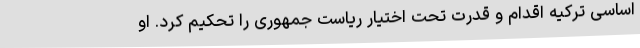
اساسی ترکیه اقدام و قدرت تحت اختیار ریاست جمهوری را تحکیم کرد. او